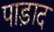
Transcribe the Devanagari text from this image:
पाड़ाद